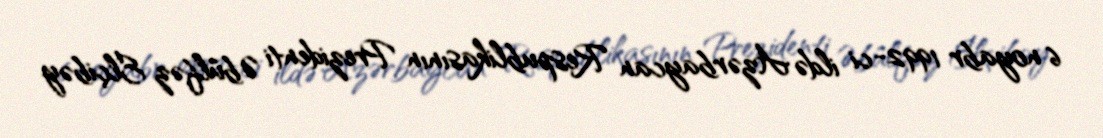
6 noyabr 1992-ci ildə Azərbaycan Respublikasının Prezidenti Əbülfəz Elçibəy